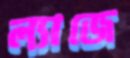
ল্যাজে